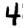
Digit: 4